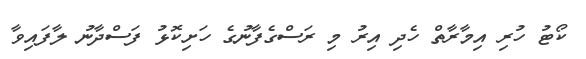
ކޯޓު ހުރި އިމާރާތް ހެދި އިރު މި ރަސްގެފާނުގެ ހަށިކޮޅު ފަސްދާނު ލާފައިވާ